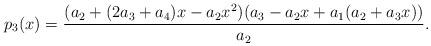
LaTeX: \begin{align*}p_3(x)=\frac{(a_2 + (2 a_3 + a_4) x - a_2 x^2) (a_3 - a_2 x + a_1 (a_2 + a_3 x))}{a_2}.\end{align*}